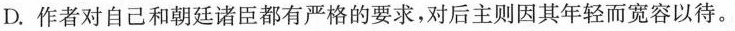
D.作者对自己和朝廷诸臣都有严格的要求，对后主则因其年轻而宽容以待。